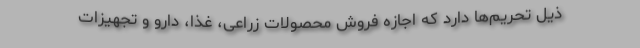
ذیل تحریم‌ها دارد که اجازه فروش محصولات زراعی، غذا، دارو و تجهیزات